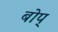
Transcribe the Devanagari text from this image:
बोप्